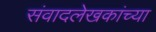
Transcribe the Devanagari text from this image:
संवादलेखकांच्या